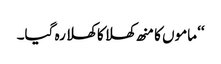
‘‘ ماموں کا منھ کھلا کا کھلا رہ گیا۔